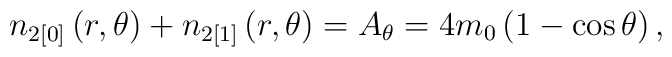
n_{2[0]}\left( r,\theta \right) +n_{2[1]}\left( r,\theta \right) =A_\theta=4m_0\left( 1-\cos \theta \right) ,